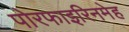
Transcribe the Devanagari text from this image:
पोरफाइरिनमेह